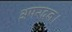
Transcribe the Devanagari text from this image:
अपरदन।